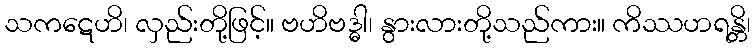
သကဋေဟိ၊ လှည်းတို့ဖြင့်။ ဗဟိဗဒ္ဓါ၊ နွားလားတို့သည်ကား။ ကိဿဟရန္တိ၊